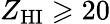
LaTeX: Z_{\mathrm{HI}}\geqslant 20